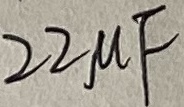
Text: 22µF